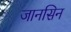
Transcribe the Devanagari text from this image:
जानसिन